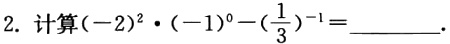
2. 计算\((-2)^{2}\cdot (-1)^{0}-(\frac{1}{3})^{-1}=\underline{\quad\quad}\).